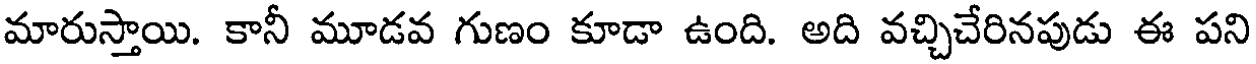
మారుస్తాయి. కానీ మూడవ గుణం కూడా ఉంది. అది వచ్చిచేరినపుడు ఈ పని